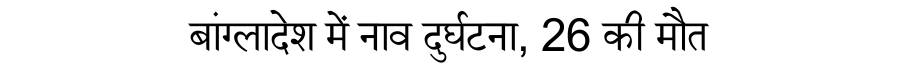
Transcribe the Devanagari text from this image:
बांग्लादेश में नाव दुर्घटना, 26 की मौत